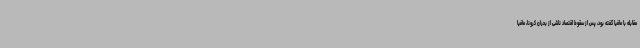
مقابله با مافیا گفته بود، پس از سقوط اقتصاد ناشی از بحران کرونا، مافیا